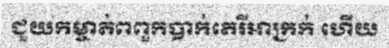
ជួយកម្ចាត់ពពួកបាក់តេរីអាក្រក់ ហើយ